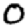
Digit: 0